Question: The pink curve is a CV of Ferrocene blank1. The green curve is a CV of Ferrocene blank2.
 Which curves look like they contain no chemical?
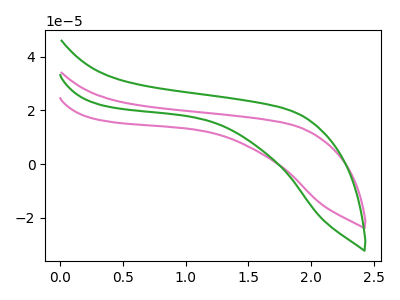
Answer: <think>The pink curve "Ferrocene blank1" has no peaks. The green curve "Ferrocene blank2" has no peaks.</think>
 <answer>"Ferrocene blank1" and "Ferrocene blank2" are likely to be blanks.</answer>
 <eval>"Ferrocene blank1", "Ferrocene blank2"</eval>